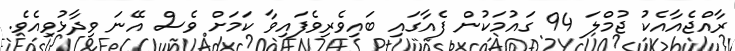
ރާއްޖެއާއެކު ޖުމްލަ 94 ގައުމަކުން ފެއާގައި ބައިވެރިވެފައިވާ ކަމަށް ވެސް އޭނަ ވިދާޅުވިއެވެ.